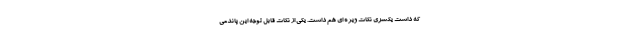
که داشت یکسری نکات ویژه ای هم داشت. یکی از نکات قابل توجه این پاندمی